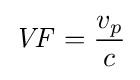
{\mathit {VF}}={v_{p} \over c}